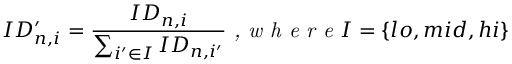
I D _ { n , i } ^ { \prime } = \frac { I D _ { n , i } } { \sum _ { i ^ { \prime } \in I } I D _ { n , i ^ { \prime } } } \textit { , w h e r e } I = \{ l o , m i d , h i \}